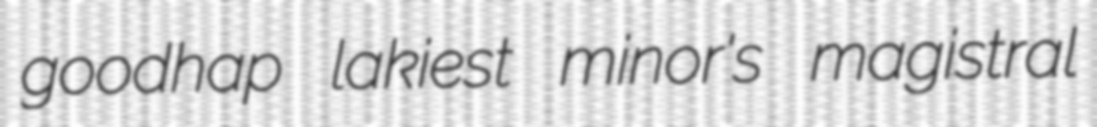
goodhap lakiest minor's magistral